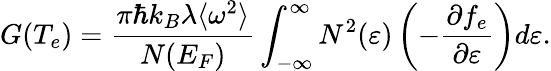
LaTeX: G(T_{e})=\frac{\pi\hbar{k_{B}}\lambda\langle\omega^{2}\rangle}{N(E_{F})}\int_{-\infty}^{\infty}N^{2}(\varepsilon)\left(-\frac{\partial{f_{e}}}{\partial\varepsilon}\right)d\varepsilon.